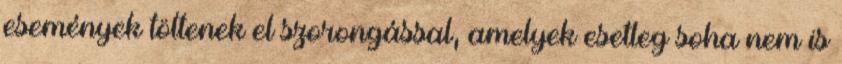
események töltenek el szorongással, amelyek esetleg soha nem is